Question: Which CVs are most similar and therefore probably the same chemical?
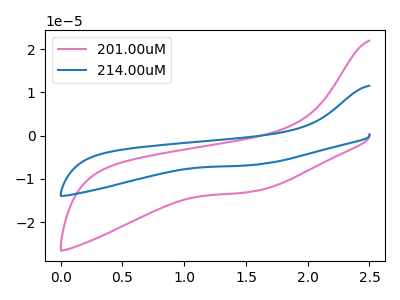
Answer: <think>The pink curve "201.00uM" has no peaks. The blue curve "214.00uM" has no peaks.
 Neither "201.00uM" or "214.00uM" have any peaks.</think>
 <answer>"201.00uM" and "214.00uM" have the same shape and are likely CV's of the same chemical.</answer>
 <eval>"201.00uM" "214.00uM"</eval>